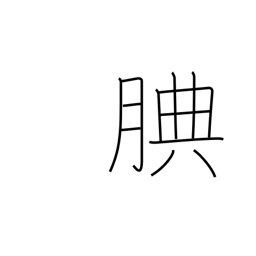
Meaning: considerate